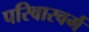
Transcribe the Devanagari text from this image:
परिवारवर्ग